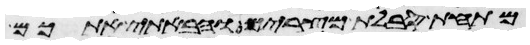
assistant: מתחת סבלות מצרים והבאתי אתכם